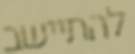
להתיישב